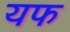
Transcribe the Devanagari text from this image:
यफ